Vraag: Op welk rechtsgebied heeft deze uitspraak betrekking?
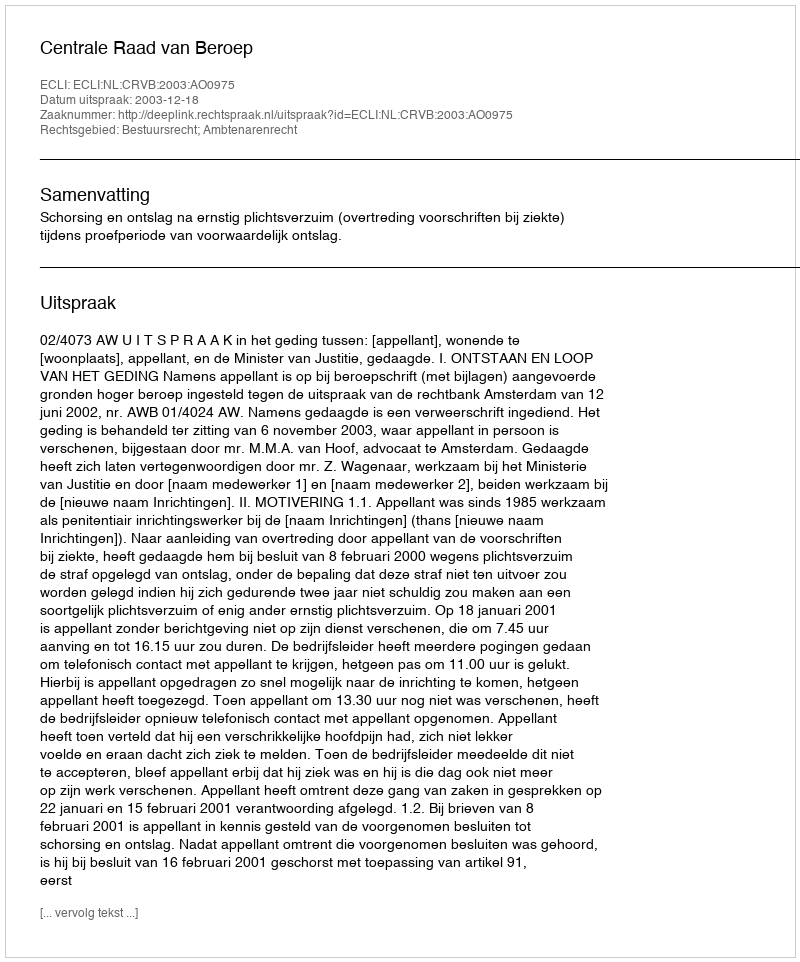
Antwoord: Bestuursrecht; Ambtenarenrecht